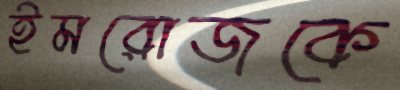
ইমরোজকে